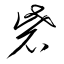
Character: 砦